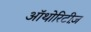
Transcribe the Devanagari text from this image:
ऑथोरिटीज़